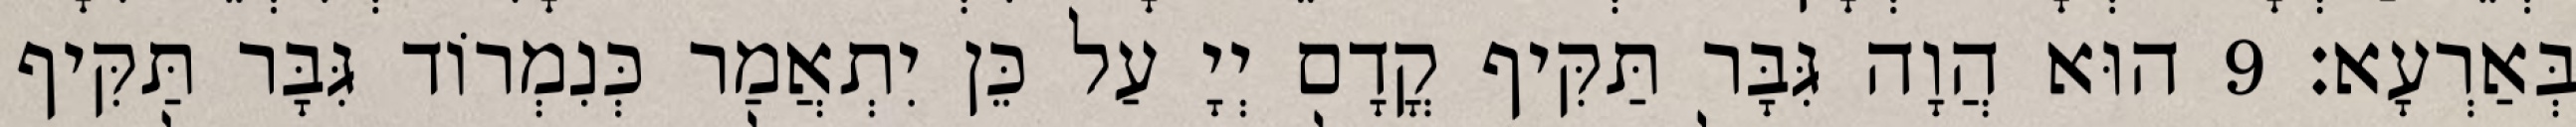
בְּאַרְעָא׃ 9 הוּא הֲוָה גִּבָּר תַּקִּיף קֳדָם יְיָ עַל כֵּן יִתְאֲמַר כְּנִמְרוֹד גִּבָּר תַּקִּיף